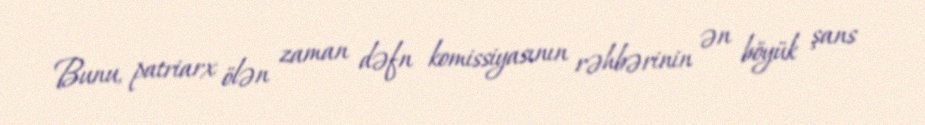
Bunu, patriarx ölən zaman dəfn komissiyasının rəhbərinin ən böyük şans